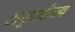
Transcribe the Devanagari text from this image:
अनुप्रयोज्य